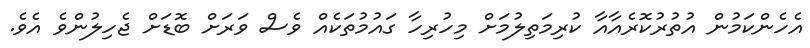
އެހެންކަމުން އުތުރުކޮރެއާއާ ކުރިމަތިލުމަށް މިހުރިހާ ގައުމުތަކެއް ވެސް ވަރަށް ބޮޑަށް ޖެހިލުންވެ އެވެ.